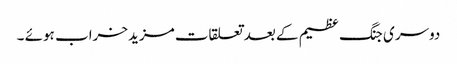
دوسری جنگ عظیم کے بعد تعلقات مزیدخراب ہوئے ۔